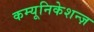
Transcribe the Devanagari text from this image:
कम्यूनिकेशन्ज़